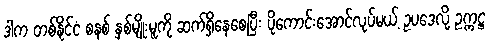
ဒါက တစ်နိုင်ငံ စနစ် နှစ်မျိုးမူကို ဆက်ရှိနေစေပြီး ပိုကောင်းအောင်လုပ်မယ့် ဥပဒေလို့ ဥက္ကဋ္ဌ